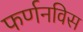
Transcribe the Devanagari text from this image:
फर्णनविस